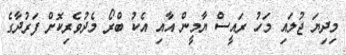
މިދިޔަ ޖުލައި މަހު ރައީސް ޔާމީން އާއި އެކު ބްރޯ މެދުވެރިކޮށް ފަރުދާގެ